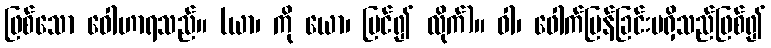
ဖြစ်သော ဝေါဟာရသည်။ (ယာ၊ ကို ယော၊ ပြင်၍ လိုက်)။ ဝါ၊ ဖေါက်ပြန်ခြင်းမရှိသည်ဖြစ်၍